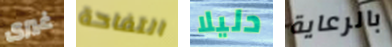
غيرى التفاحة دليلا بالرعاية